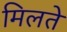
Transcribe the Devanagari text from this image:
मिलते